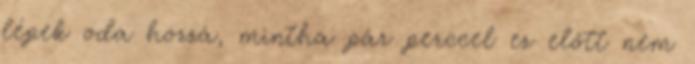
lépek oda hozzá, mintha pár perccel ez előtt nem